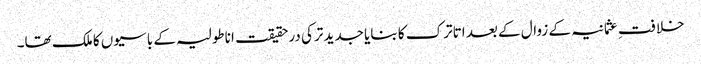
خلافتِ عثمانیہ کے زوال کے بعد اتاترک کا بنایا جدید ترکی درحقیقت اناطولیہ کے باسیوں کا ملک تھا۔